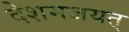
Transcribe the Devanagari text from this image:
देशमजयत्